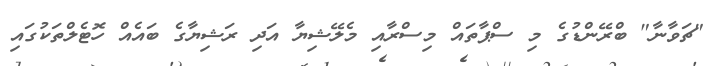
"ޗަވާނާ" ބްރޭންޑުގެ މި ސްޕާތައް މިސްރާއި މެލޭޝިޔާ އަދި ރަޝިޔާގެ ބައެއް ހޮޓެލްތަކުގައި